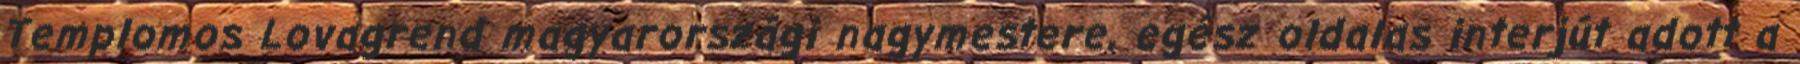
Templomos Lovagrend magyarországi nagy­mes­tere, egész oldalas interjút adott a